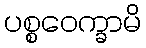
ပစ္စဝေက္ခာမိ